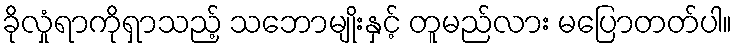
ခိုလှုံရာကိုရှာသည့် သဘောမျိုးနှင့် တူမည်လား မပြောတတ်ပါ။